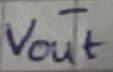
Text: -VOUT